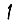
Digit: 1